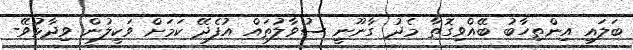
ބަލައި އިންތިހާބު ބޭއްވިގޮތާ މެދު ގާނޫނީ ސުވާލުތައް އުފެދޭ ކަމަށް ވަކީލުން ވިދާޅުވޭ-